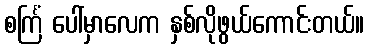
စင်္ကြံ ပေါ်မှာလေက နှစ်လိုဖွယ်ကောင်းတယ်။